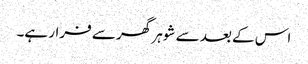
اس کے بعد سے شوہر گھر سے فرار ہے۔